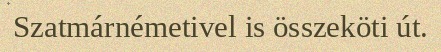
Szatmárnémetivel is összeköti út.